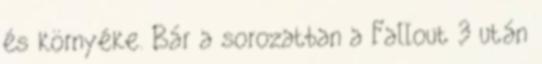
és környéke. Bár a sorozatban a Fallout 3 után